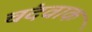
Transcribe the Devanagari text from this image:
चंदवाक